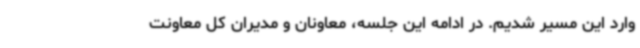
وارد این مسیر شدیم. در ادامه این جلسه، معاونان و مدیران کل معاونت